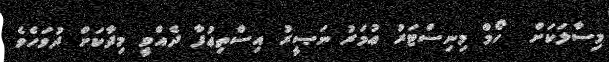
މިސާލަކަށް  ހޯމް މިނިސްޓަރު ޢުމަރު ނަޞީރު އިސްތިޢުފާ ދެއްވީ މިދާކަށް ދުވަހެވެ